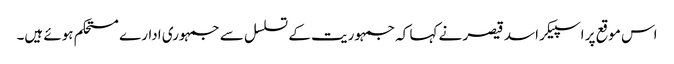
اس موقع پر اسپیکر اسد قیصر نے کہا کہ جمہوریت کے تسلسل سے جمہوری ادارے مستحکم ہوئے ہیں۔